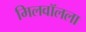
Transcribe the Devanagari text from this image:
मिलवॉलला